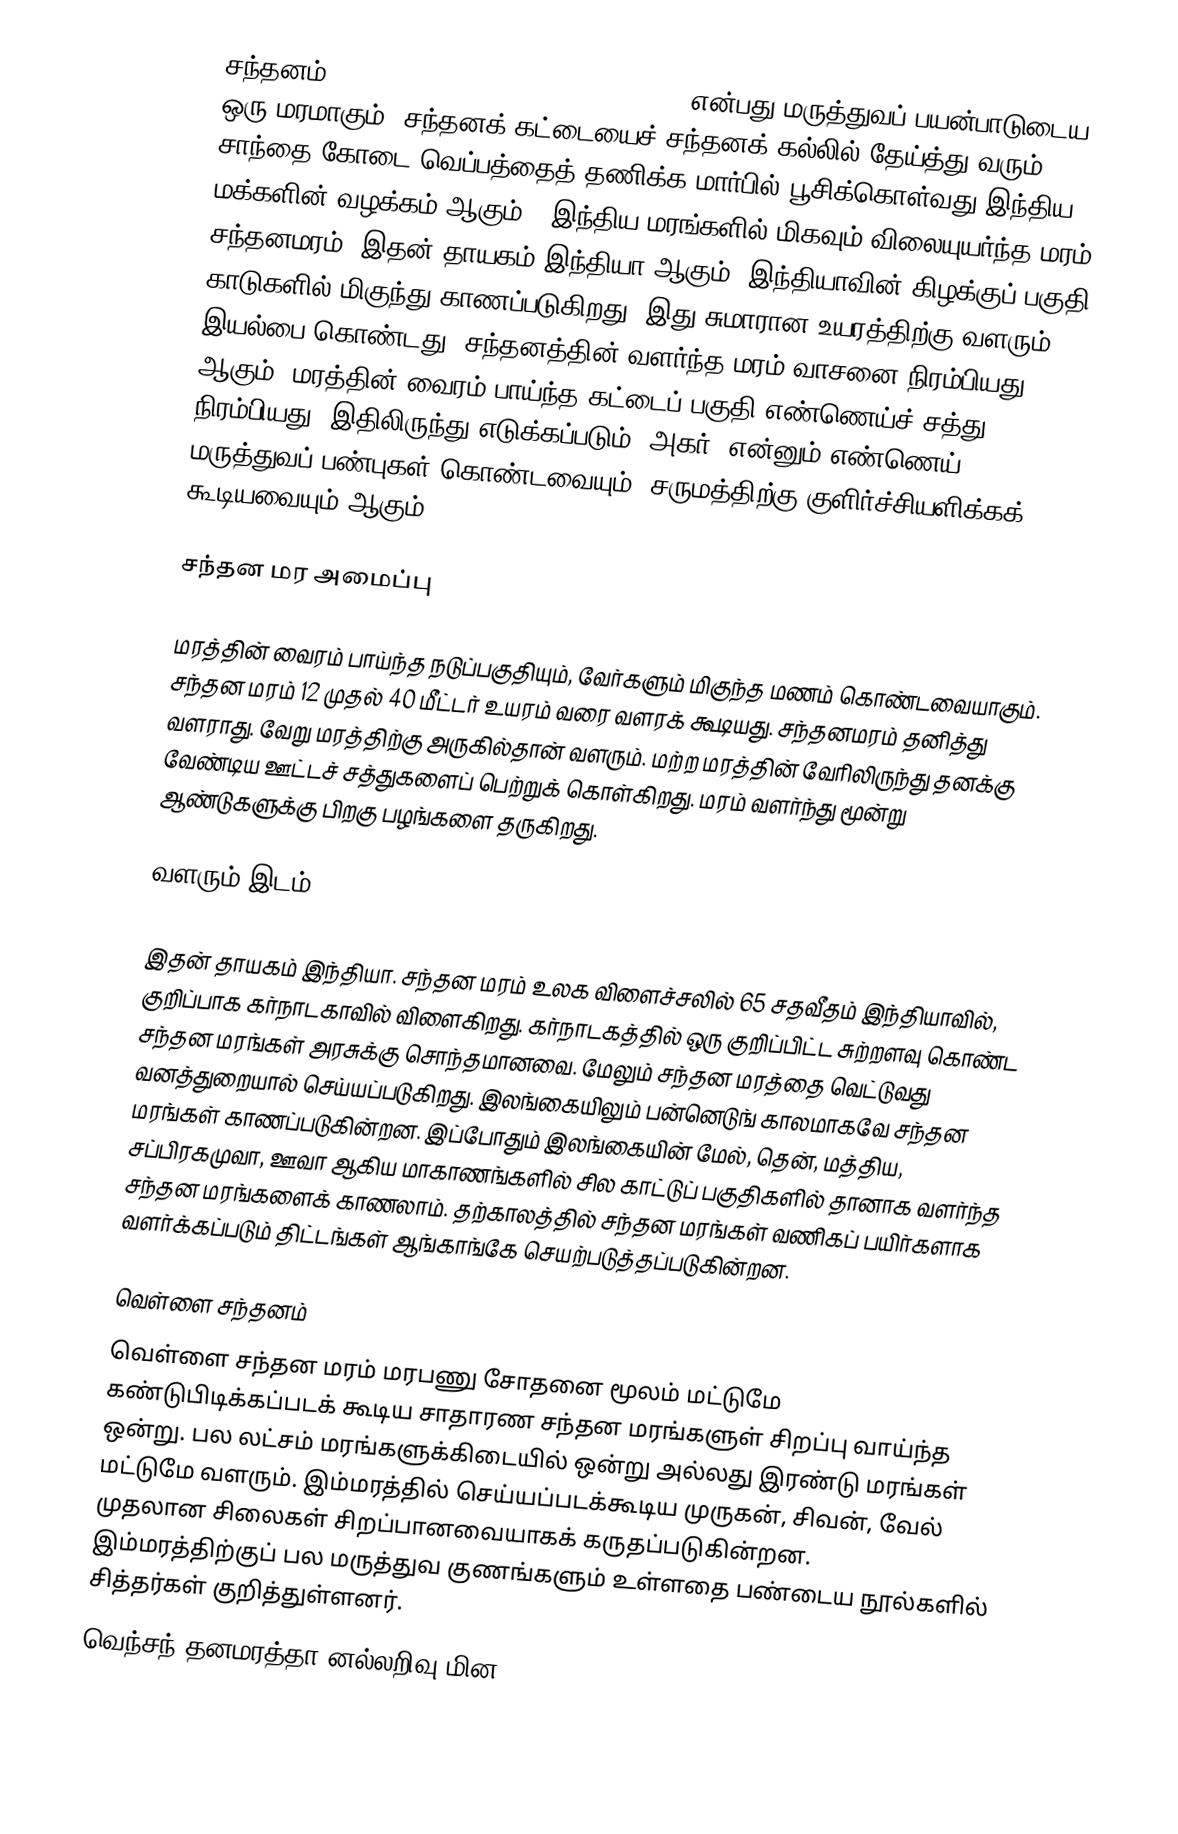
சந்தனம் (Santalum album, Indian sandalwood) என்பது மருத்துவப் பயன்பாடுடைய ஒரு மரமாகும். சந்தனக் கட்டையைச் சந்தனக் கல்லில் தேய்த்து வரும் சாந்தை கோடை வெப்பத்தைத் தணிக்க மார்பில் பூசிக்கொள்வது இந்திய மக்களின் வழக்கம் ஆகும் . இந்திய மரங்களில் மிகவும் விலையுயர்ந்த மரம் சந்தனமரம். இதன் தாயகம் இந்தியா ஆகும். இந்தியாவின் கிழக்குப் பகுதி காடுகளில் மிகுந்து காணப்படுகிறது. இது சுமாரான உயரத்திற்கு வளரும் இயல்பை கொண்டது. சந்தனத்தின் வளர்ந்த மரம் வாசனை நிரம்பியது ஆகும். மரத்தின் வைரம் பாய்ந்த கட்டைப் பகுதி எண்ணெய்ச் சத்து நிரம்பியது. இதிலிருந்து எடுக்கப்படும் ‘அகர்’ என்னும் எண்ணெய் மருத்துவப் பண்புகள் கொண்டவையும், சருமத்திற்கு குளிர்ச்சியளிக்கக் கூடியவையும் ஆகும்.

சந்தன மர அமைப்பு

மரத்தின் வைரம் பாய்ந்த நடுப்பகுதியும், வேர்களும் மிகுந்த மணம் கொண்டவையாகும். சந்தன மரம் 12 முதல் 40 மீட்டர் உயரம் வரை வளரக் கூடியது. சந்தனமரம் தனித்து வளராது. வேறு மரத்திற்கு அருகில்தான் வளரும். மற்ற மரத்தின் வேரிலிருந்து தனக்கு வேண்டிய ஊட்டச் சத்துகளைப் பெற்றுக் கொள்கிறது. மரம் வளர்ந்து மூன்று ஆண்டுகளுக்கு பிறகு பழங்களை தருகிறது.

வளரும் இடம்

இதன் தாயகம் இந்தியா. சந்தன மரம் உலக விளைச்சலில் 65 சதவீதம் இந்தியாவில், குறிப்பாக கர்நாடகாவில் விளைகிறது. கர்நாடகத்தில் ஒரு குறிப்பிட்ட சுற்றளவு கொண்ட சந்தன மரங்கள் அரசுக்கு சொந்தமானவை. மேலும் சந்தன மரத்தை வெட்டுவது வனத்துறையால் செய்யப்படுகிறது. இலங்கையிலும் பன்னெடுங் காலமாகவே சந்தன மரங்கள் காணப்படுகின்றன. இப்போதும் இலங்கையின் மேல், தென், மத்திய, சப்பிரகமுவா, ஊவா ஆகிய மாகாணங்களில் சில காட்டுப் பகுதிகளில் தானாக வளர்ந்த சந்தன மரங்களைக் காணலாம். தற்காலத்தில் சந்தன மரங்கள் வணிகப் பயிர்களாக வளர்க்கப்படும் திட்டங்கள் ஆங்காங்கே செயற்படுத்தப்படுகின்றன.

வெள்ளை சந்தனம்
வெள்ளை சந்தன மரம் மரபணு சோதனை மூலம் மட்டுமே கண்டுபிடிக்கப்படக் கூடிய சாதாரண சந்தன மரங்களுள் சிறப்பு வாய்ந்த ஒன்று. பல லட்சம் மரங்களுக்கிடையில் ஒன்று அல்லது இரண்டு மரங்கள் மட்டுமே வளரும். இம்மரத்தில் செய்யப்படக்கூடிய முருகன், சிவன், வேல் முதலான சிலைகள் சிறப்பானவையாகக் கருதப்படுகின்றன. இம்மரத்திற்குப் பல மருத்துவ குணங்களும் உள்ளதை பண்டைய நூல்களில் சித்தர்கள் குறித்துள்ளனர்.
வெந்சந் தனமரத்தா னல்லறிவு மின